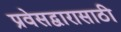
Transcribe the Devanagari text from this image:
प्रवेसद्वारासाठी